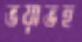
ভয়াভহ